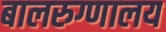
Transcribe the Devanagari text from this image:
बालरुग्णालय